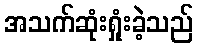
အသက်ဆုံးရှုံးခဲ့သည်